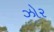
ઝોર